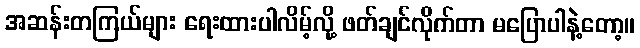
အဆန်းတကြယ်များ ရေးထားပါလိမ့်လို့ ဖတ်ချင်လိုက်တာ မပြောပါနဲ့တော့။